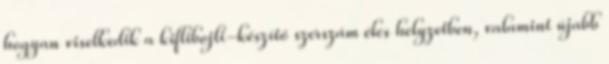
hogyan viselkedik a kiflibojli-készítő szerszám éles helyzetben, valamint újabb